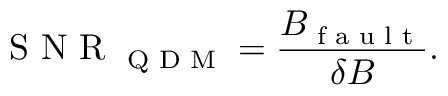
\textrm { S N R } _ { \textrm { Q D M } } = \frac { B _ { \textrm { f a u l t } } } { \delta B } .